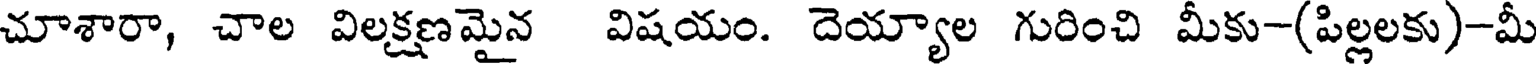
చూశారా, చాల విలక్షణమైన విషయం. దెయ్యాల గురించి మీకు-(పిల్లలకు)-మీ